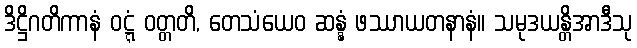
ဒိဋ္ဌိဂတိကာနံ ဝဋ္ဋံ ဝတ္တတိ, တေသံယေဝ ဆန္နံ ဖဿာယတနာနံ။ သမုဒယန္တိအာဒီသု